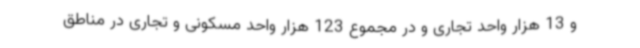
و 13 هزار واحد تجاری و در مجموع 123 هزار واحد مسکونی و تجاری در مناطق